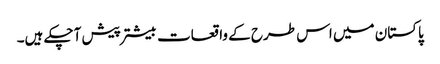
پاکستان میں اس طرح کے واقعات بیشتر پیش آچکے ہیں۔